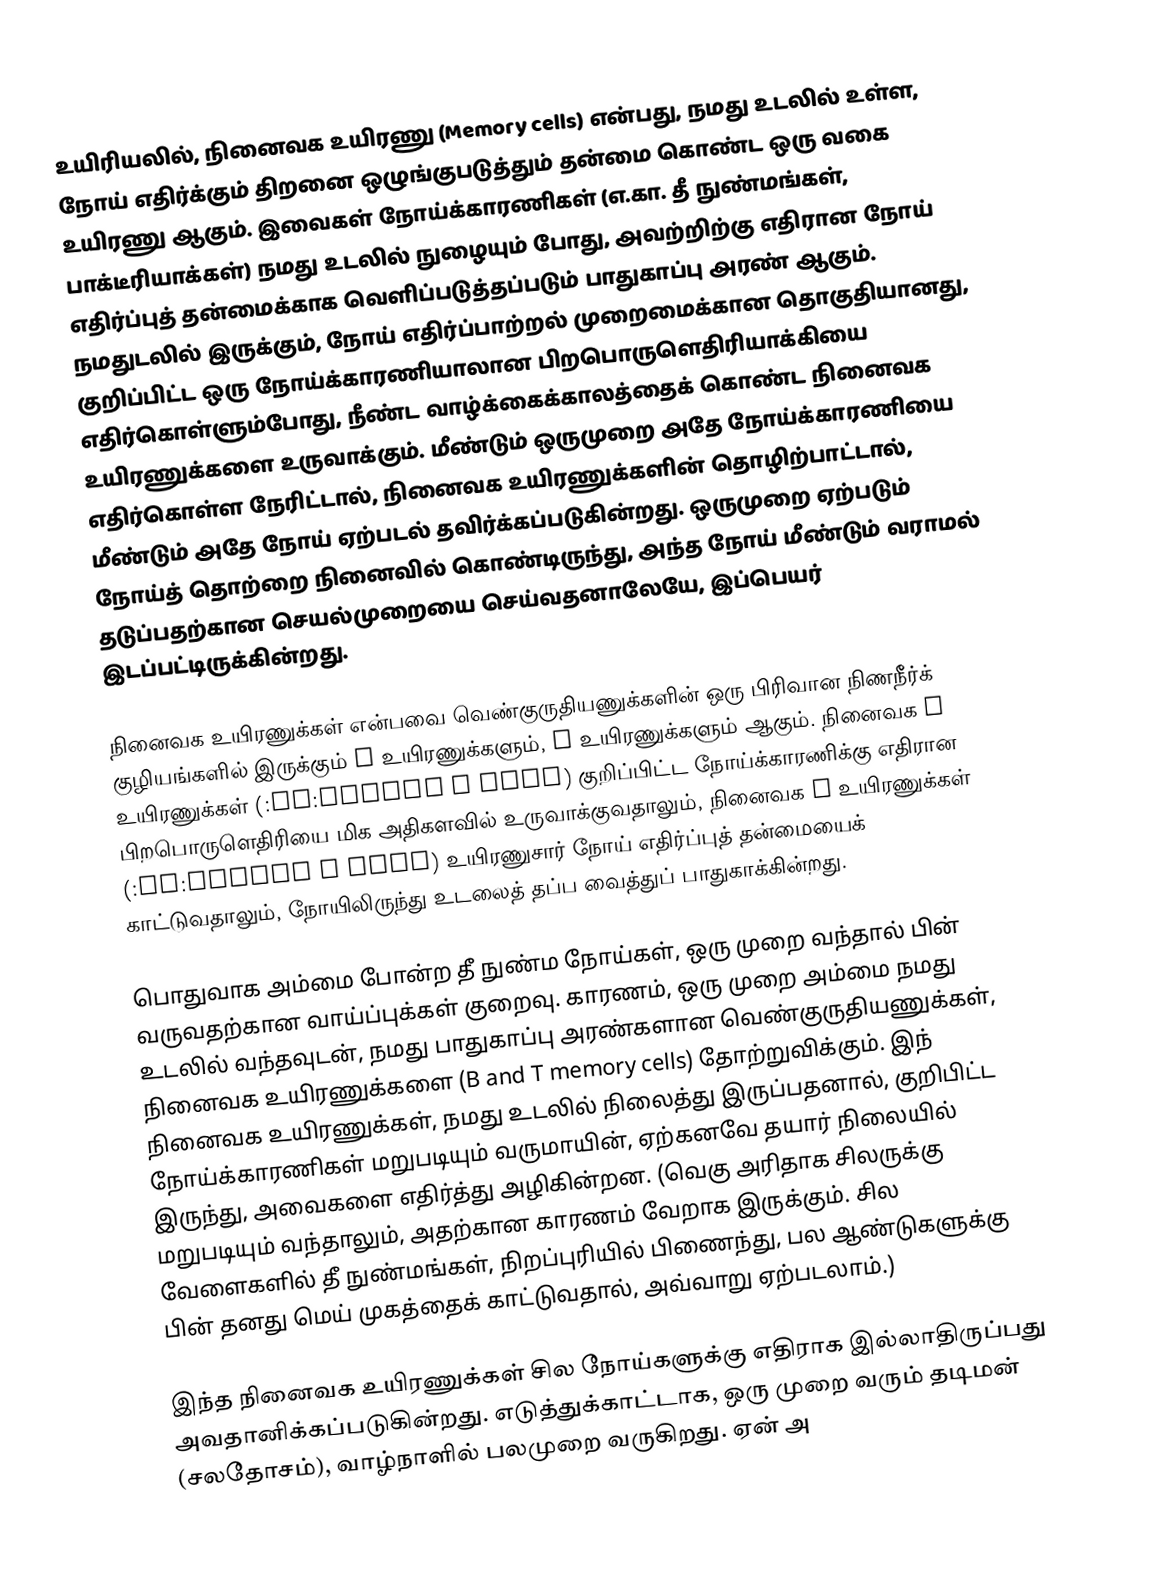
உயிரியலில், நினைவக உயிரணு (Memory cells) என்பது, நமது உடலில் உள்ள, நோய் எதிர்க்கும் திறனை ஒழுங்குபடுத்தும் தன்மை கொண்ட ஒரு வகை உயிரணு ஆகும். இவைகள் நோய்க்காரணிகள் (எ.கா. தீ நுண்மங்கள், பாக்டீரியாக்கள்) நமது உடலில் நுழையும் போது, அவற்றிற்கு எதிரான நோய் எதிர்ப்புத் தன்மைக்காக வெளிப்படுத்தப்படும் பாதுகாப்பு அரண் ஆகும். நமதுடலில் இருக்கும், நோய் எதிர்ப்பாற்றல் முறைமைக்கான தொகுதியானது, குறிப்பிட்ட ஒரு நோய்க்காரணியாலான பிறபொருளெதிரியாக்கியை எதிர்கொள்ளும்போது, நீண்ட வாழ்க்கைக்காலத்தைக் கொண்ட நினைவக உயிரணுக்களை உருவாக்கும். மீண்டும் ஒருமுறை அதே நோய்க்காரணியை எதிர்கொள்ள நேரிட்டால், நினைவக உயிரணுக்களின் தொழிற்பாட்டால், மீண்டும் அதே நோய் ஏற்படல் தவிர்க்கப்படுகின்றது. ஒருமுறை ஏற்படும் நோய்த் தொற்றை நினைவில் கொண்டிருந்து, அந்த நோய் மீண்டும் வராமல் தடுப்பதற்கான செயல்முறையை செய்வதனாலேயே, இப்பெயர் இடப்பட்டிருக்கின்றது.

நினைவக உயிரணுக்கள் என்பவை வெண்குருதியணுக்களின் ஒரு பிரிவான நிணநீர்க் குழியங்களில் இருக்கும் B உயிரணுக்களும், T உயிரணுக்களும் ஆகும். நினைவக B உயிரணுக்கள் (:en:Memory B cell) குறிப்பிட்ட நோய்க்காரணிக்கு எதிரான பிறபொருளெதிரியை மிக அதிகளவில் உருவாக்குவதாலும், நினைவக T உயிரணுக்கள் (:en:Memory T cell) உயிரணுசார் நோய் எதிர்ப்புத் தன்மையைக் காட்டுவதாலும், நோயிலிருந்து உடலைத் தப்ப வைத்துப் பாதுகாக்கின்றது.

பொதுவாக அம்மை போன்ற தீ நுண்ம நோய்கள், ஒரு முறை வந்தால் பின் வருவதற்கான வாய்ப்புக்கள் குறைவு. காரணம், ஒரு முறை அம்மை நமது உடலில் வந்தவுடன், நமது பாதுகாப்பு அரண்களான வெண்குருதியணுக்கள், நினைவக உயிரணுக்களை (B and T memory cells) தோற்றுவிக்கும். இந் நினைவக உயிரணுக்கள், நமது உடலில் நிலைத்து இருப்பதனால், குறிபிட்ட நோய்க்காரணிகள் மறுபடியும் வருமாயின், ஏற்கனவே தயார் நிலையில் இருந்து, அவைகளை எதிர்த்து அழிகின்றன.  (வெகு அரிதாக சிலருக்கு மறுபடியும் வந்தாலும், அதற்கான காரணம் வேறாக இருக்கும். சில வேளைகளில் தீ நுண்மங்கள், நிறப்புரியில் பிணைந்து, பல ஆண்டுகளுக்கு பின் தனது மெய் முகத்தைக் காட்டுவதால், அவ்வாறு ஏற்படலாம்.)

இந்த நினைவக உயிரணுக்கள் சில நோய்களுக்கு எதிராக இல்லாதிருப்பது அவதானிக்கப்படுகின்றது. எடுத்துக்காட்டாக, ஒரு முறை வரும் தடிமன் (சலதோசம்), வாழ்நாளில் பலமுறை வருகிறது. ஏன் அ